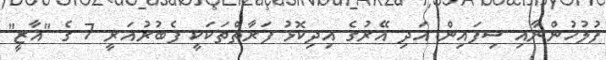
ފުލުހުންނާއި ސިފައިން އަދި އޭރުގެ އިދިކޮޅު ފަރާތްތަކަކީ ފެބުރުއަރީ 7 ގެ "ޣާޒީ"